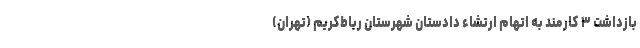
بازداشت ۳ کارمند به اتهام ارتشاء دادستان شهرستان رباط‌کریم (تهران)